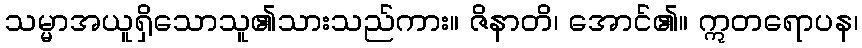
သမ္မာအယူရှိသောသူ၏သားသည်ကား။ ဇိနာတိ၊ အောင်၏။ ဣတရောပန၊